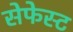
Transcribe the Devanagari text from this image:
सेफेस्ट